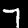
Label: 7